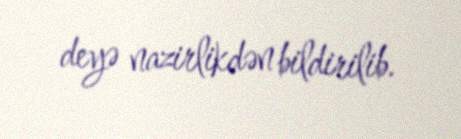
deyə nazirlikdən bildirilib.